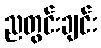
ညတွင်းချင်း